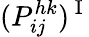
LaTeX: (P_{ij}^{hk})^{\mathrm{~I~}}